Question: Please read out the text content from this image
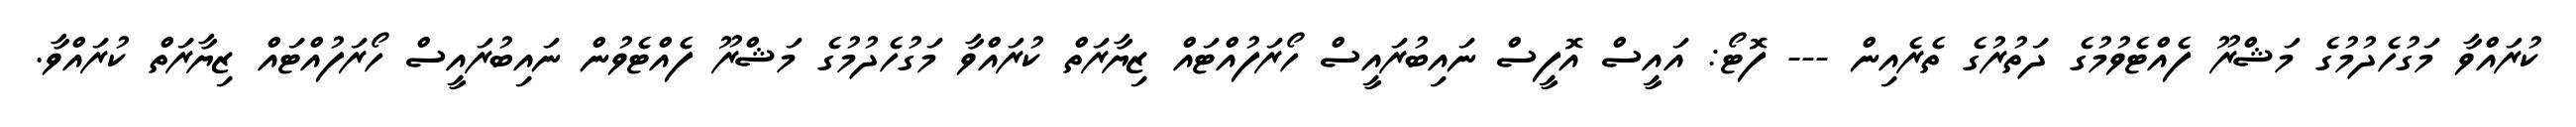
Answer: ކުރައްވާ މަގުހެދުމުގެ މަޝްރޫ ފެއްޓެވުމުގެ ދަތުރުގެ ތެރެއިން --- ފޮޓޯ: އައީސް އޮފީސް ނައިބުރައީސް ހޯރަފުއްޓައް ޒިޔާރަތް ކުރައްވާ މަގުހެދުމުގެ މަޝްރޫ ފެއްޓެވުން ނައިބުރައީސް ހޯރަފުއްޓައް ޒިޔާރަތް ކުރައްވާ.